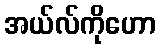
အယ်လ်ကိုဟော